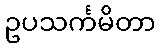
ဥပသင်္ကမိတာ